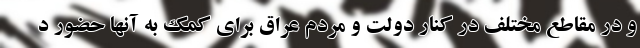
و در مقاطع مختلف در کنار دولت و مردم عراق برای کمک به آنها حضور د